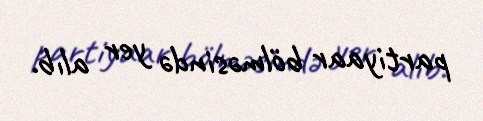
partiyaar bölməsində yer alıb.